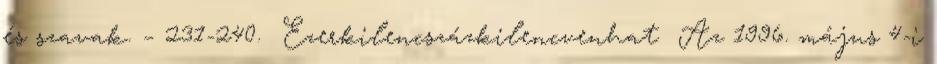
és szavak. – 231-240. Ezerkilencszázkilencvenhat Az 1996. május 4-i